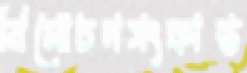
বিমোচনসংক্রান্ত